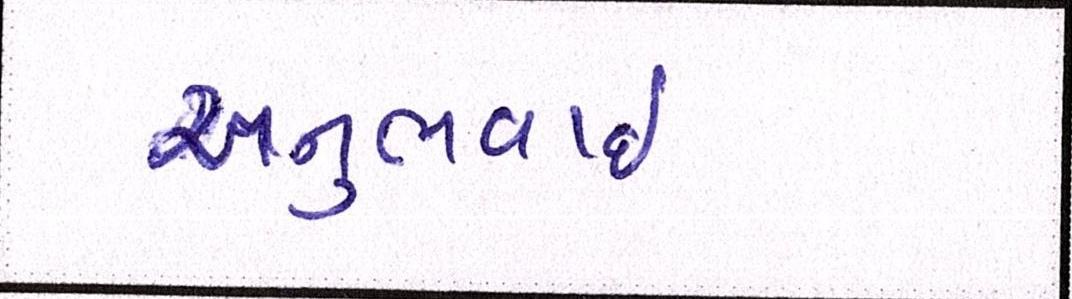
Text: અનુભવાઇ